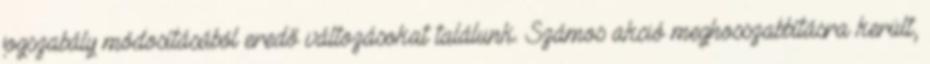
jogszabály módosításából eredő változásokat találunk. Számos akció meghosszabbításra került,